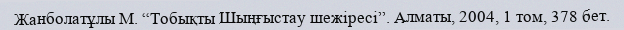
Жанболатұлы М. “Тобықты Шыңғыстау шежiресi”. Алматы, 2004, 1 том, 378 бет.